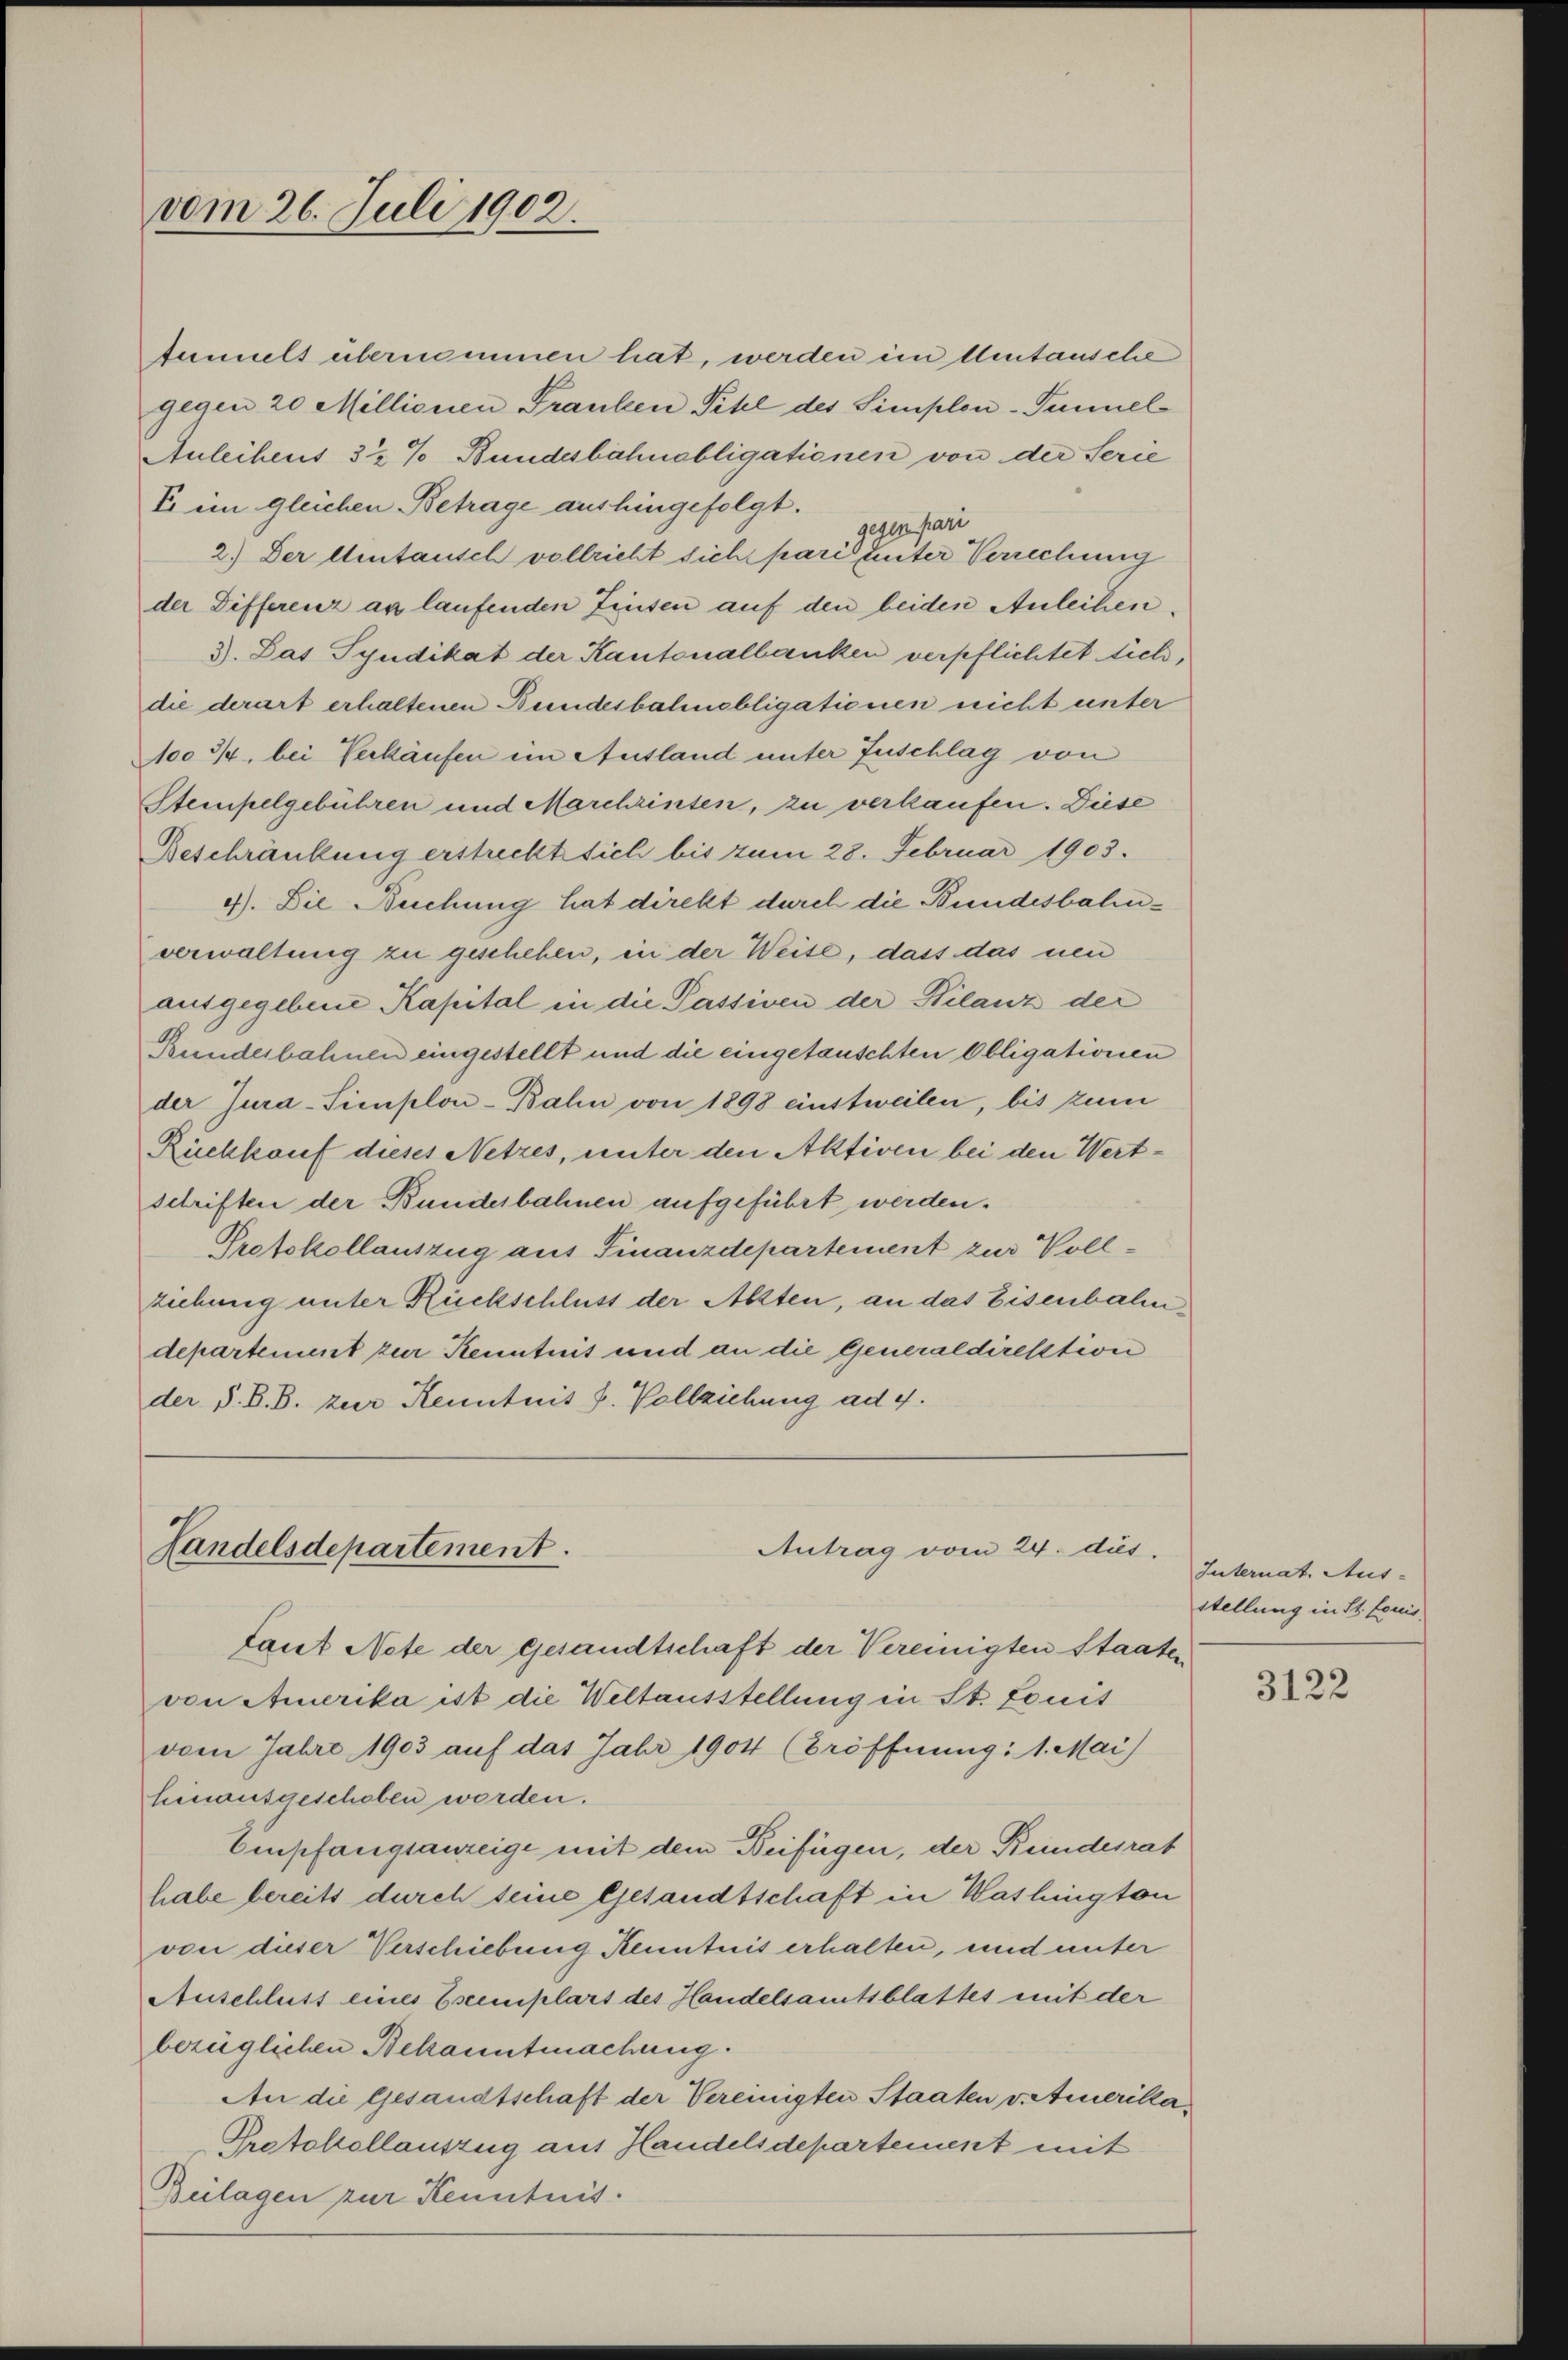
vom 26. Juli 1902.

tumult übernommen hat, werden in Umtausche
gegen 20 Millionen Franken Titel des Simplon-Tunnel
Auleihens 3 2% Bundesbahnobligationen von der Serie
E. im gleichen Betrage aushingefolgt.
2.) Der Hintausch vollzieht sich paris unter Verrechung
der Differenz an laufenden Zinsen auf den beiden Anleihen.
3). Das Syndikat der Kantonalbanken verpflichtet sich,
die derart erhaltenen Bundesbahnebligationen nicht unter
100 3/4 bei Verkäufen im Ausland unter Zuschlag von
Stempelgebühren und Marchrinten, zu verkaufen. Diese
Beschränkung erstreckt sich bis zum 28. Februar 1903.
4). Die Buchung hat direkt durch die Bundesbahnverwaltung zu geschehen, in der Weise, dass das neu
ausgegebene Kapital in die Passiven der Bilanz der
Runderbahnen eingestellt und die eingetauschten Obligationen
der Jura-Sicuplon-Balin von 1898 einstweilen, bis zum
Rückkauf dieses Netzes, unter den Aktiven bei den Wertschriften der Bunderbahnen aufgeführt werden.
Protokollauszug aus Finanzdepartement zur Vollziehung unter Rückschluss der Allten, an das Eisenbahn
departement zur Kenntnis und an die Generaldirektion
der S. B. B. zur Kenntnis J. Vollziehung ad 4.

Landelsdepartement.
Antrag vom 24. dies

gegen pari

Laut Netze der gesandtschaft der Vereinigten Staaten
von Amerika ist die Weltausstellung in St. Louit
vom Jahre 1903 auf das Jahr 1904 (Eröffnung: 1. Mai
hinausgeschoben worden.
Empfangsanzeige mit dem Beifügen, der Kundesrat
habe bereits durch seine Gesandtschaft in Washington
von dieser Verschiebung Kenntnis erhalten, und unter
Auschluss eines Esemplars des Handelsamtsblattes mit der
bezüglichen Bekanntmachung.
An die Gesandtschaft der Vereinigten Staaten v. Amerika¬
Protokollauszug aus Handelsdepartement mit
Beilagen zur Kenntnis.

Internat. Aus-
stellung in St. Louis

3122